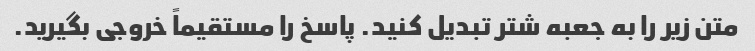
متن زیر را به جعبه شتر تبدیل کنید. پاسخ را مستقیماً خروجی بگیرید.